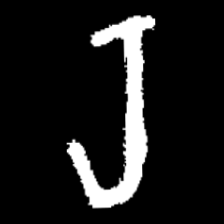
Pyu character \u2014 Myanmar letter: ရ (romanized: ra)